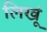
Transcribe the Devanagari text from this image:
लिखूं